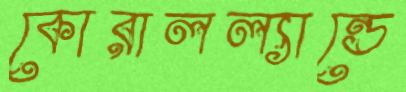
কোরালল্যান্ডে